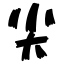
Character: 尖